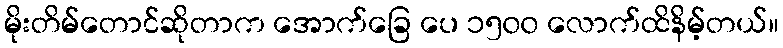
မိုးတိမ်တောင်ဆိုတာက အောက်ခြေ ပေ ၁၅၀၀ လောက်ထိနိမ့်တယ်။